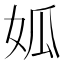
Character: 𡜁